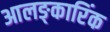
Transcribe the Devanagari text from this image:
आलङ्कारिंक